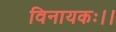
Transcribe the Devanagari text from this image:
विनायकः।।